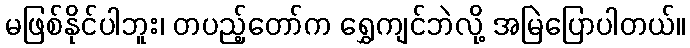
မဖြစ်နိုင်ပါဘူး၊ တပည့်တော်က ရွှေကျင်ဘဲလို့ အမြဲပြောပါတယ်။